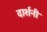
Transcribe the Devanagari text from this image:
दार्शनी